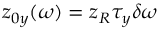
z _ { 0 y } ( \omega ) = z _ { R } \tau _ { y } \delta \omega